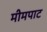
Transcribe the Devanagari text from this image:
मीमपाट